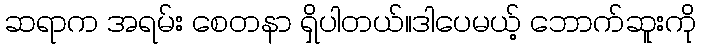
ဆရာက အရမ်း စေတနာ ရှိပါတယ်။ဒါပေမယ့် ဘောက်ဆူးကို